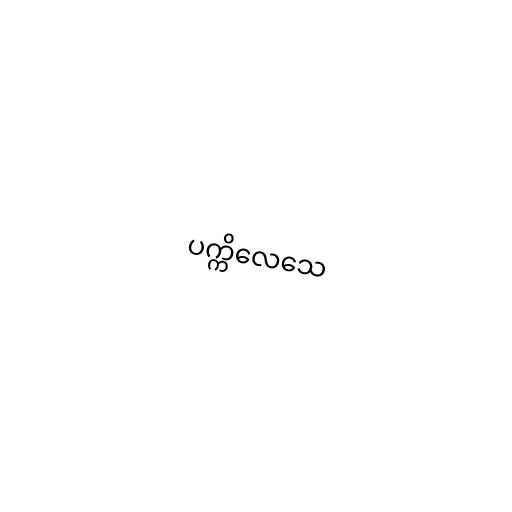
ပက္ကိလေသေ